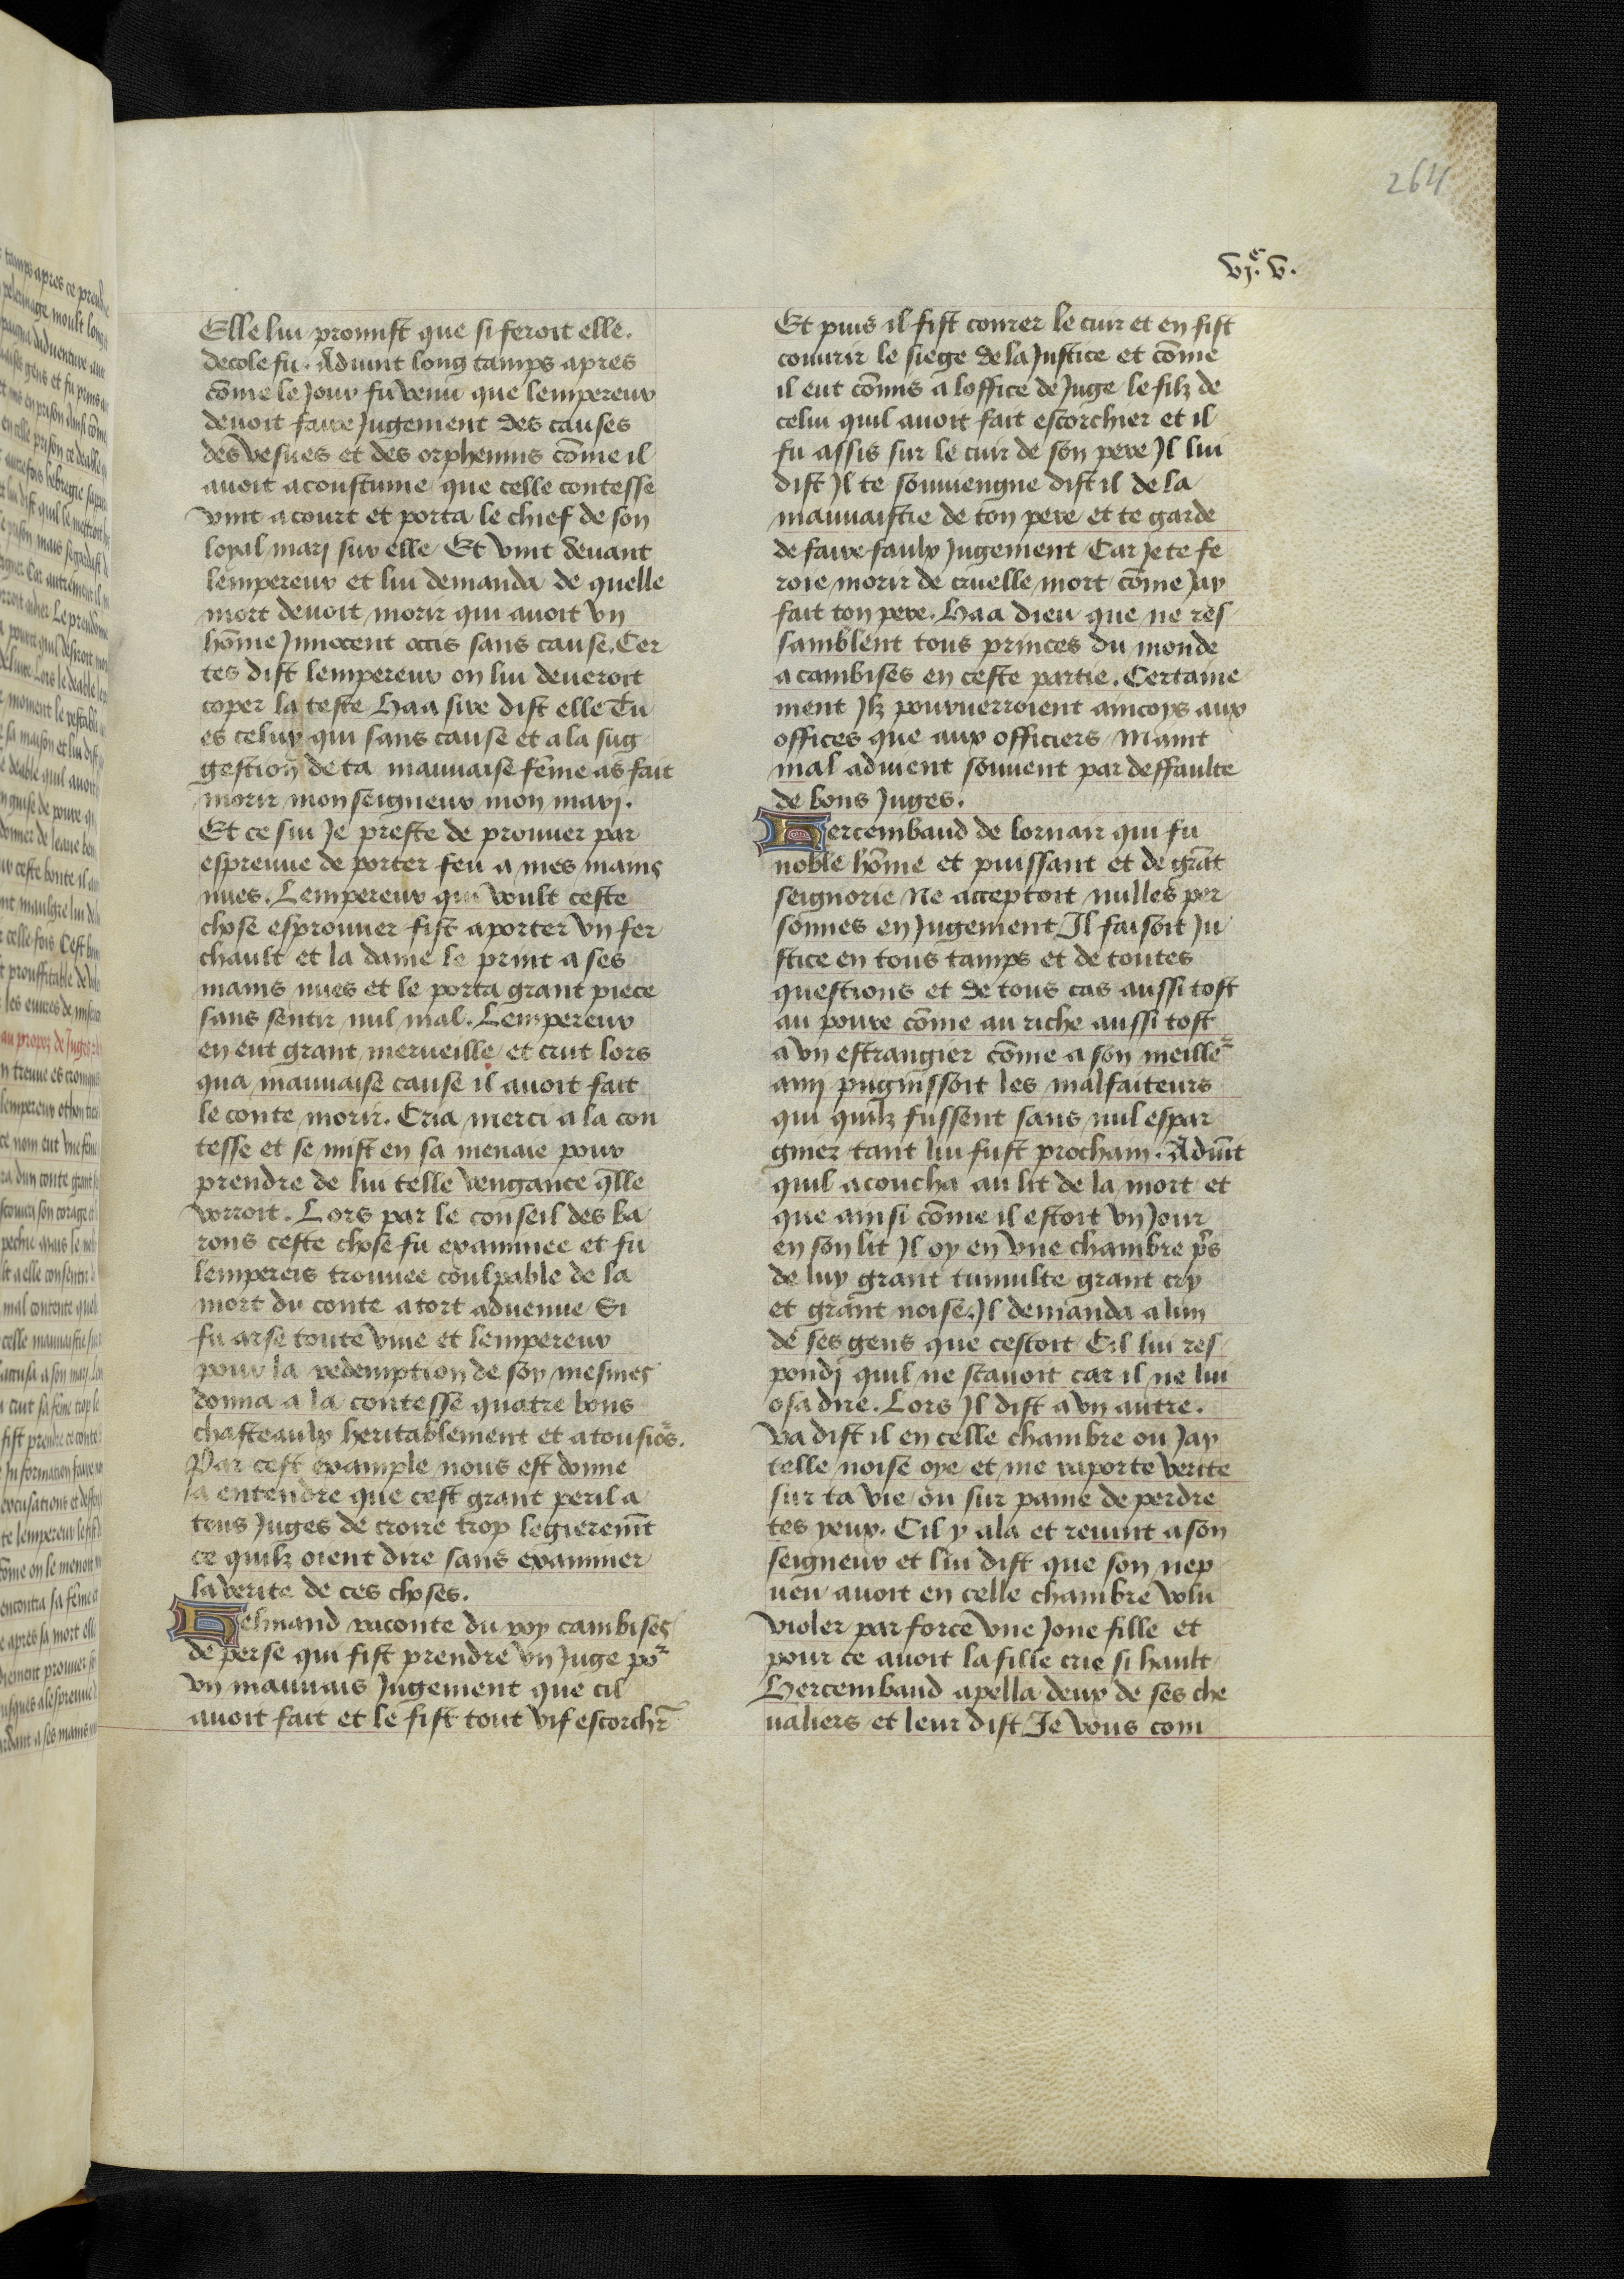
Shelfmark: Bruxelles, KBR, ms. 9232
Century: 15